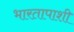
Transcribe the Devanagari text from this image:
भारतापाशी